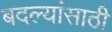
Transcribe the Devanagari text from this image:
बदल्यांसाठी